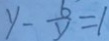
y - \frac { 6 } { y } = 1